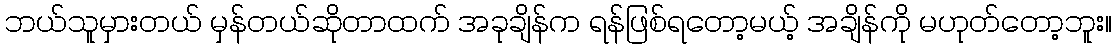
ဘယ်သူမှားတယ် မှန်တယ်ဆိုတာထက် အခုချိန်က ရန်ဖြစ်ရတော့မယ့် အချိန်ကို မဟုတ်တော့ဘူး။